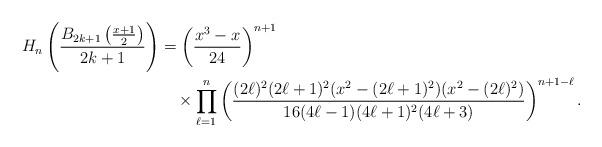
LaTeX: \begin{align*}H_{n}\left(\frac{B_{2k+1}\left(\frac{x+1}{2}\right)}{2k+1}\right) & =\left(\frac{x^{3}-x}{24}\right)^{n+1}\\ & \quad\times\prod_{\ell=1}^{n}\left(\frac{(2\ell)^{2}(2\ell+1)^{2}(x^{2}-(2\ell+1)^{2})(x^{2}-(2\ell)^{2})}{16(4\ell-1)(4\ell+1)^{2}(4\ell+3)}\right)^{n+1-\ell}. \end{align*}